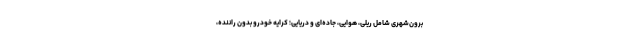
برون‌شهری شامل ریلی، هوایی، جاده‌ای و دریایی؛ کرایه خودرو بدون راننده،